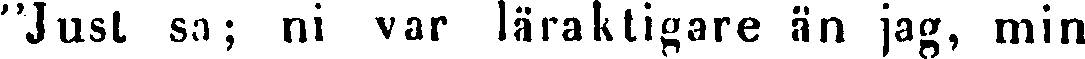
"Just sa; ni var läraktigare än jag, min